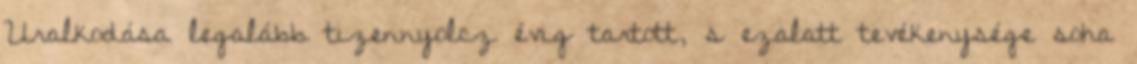
Uralkodása legalább tizennyolcz évig tartott, s ezalatt tevékenysége soha